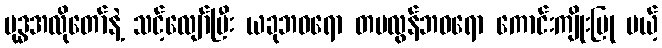
ဗုဒ္ဓအလိုတော်နဲ့ သင့်လျော်ပြီး ယခုဘဝရော တမလွန်ဘဝရော ကောင်းကျိုးပြု မယ့်